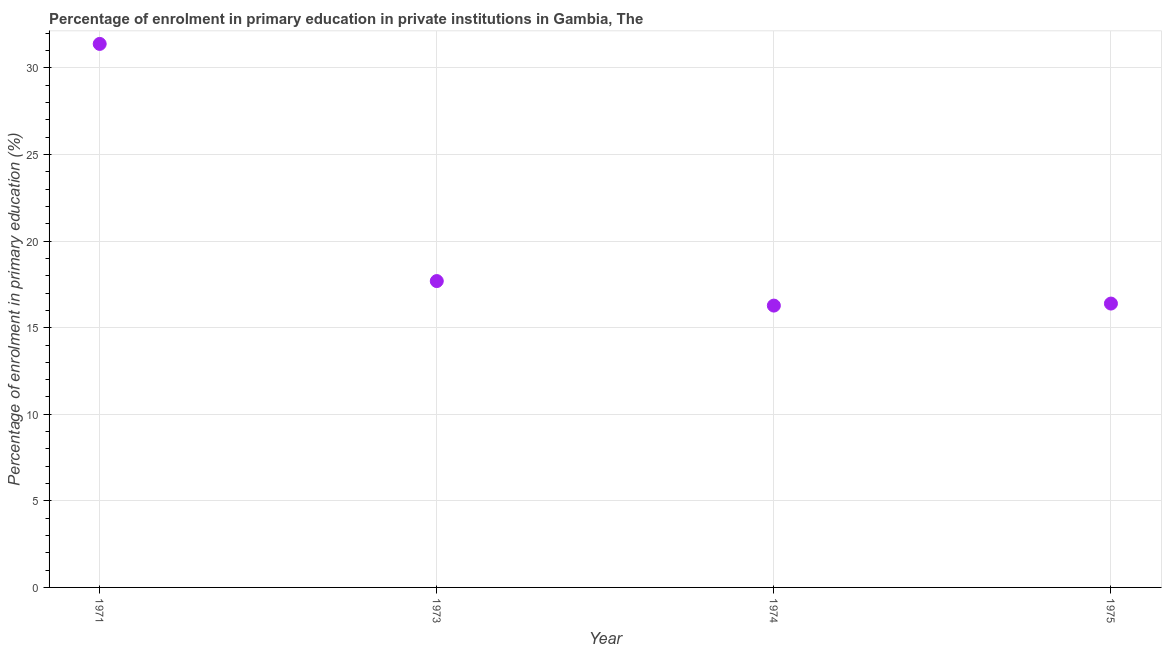
| Year | Enrolment  |
 | --- | --- |
 | 1971 | 31.4 |
 | 1973 | 17.7 |
 | 1974 | 16.3 |
 | 1975 | 16.4 |